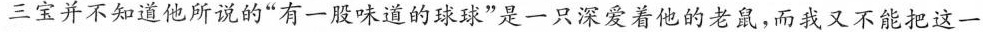
三宝并不知道他所说的”有一股味道的球球”是一只深爱着他的老鼠，而我又不能把这一